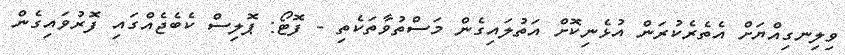
ވިލިނގިއްޔަށް އެތެރެކުރަން އުޅެނިކޮށް އަތުލައިގެން މަސްތުވާތަކެތި - ފޮޓޯ: ޕޮލިސް ކެބެޖެއްގައި ފޮރުވައިގެން